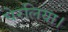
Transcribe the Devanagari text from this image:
घेरलिया।